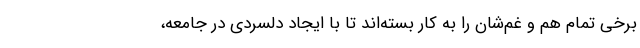
برخی تمام هم و غم‌شان را به کار بسته‌اند تا با ایجاد دلسردی در جامعه،